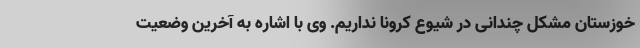
خوزستان مشکل چندانی در شیوع کرونا نداریم. وی با اشاره به آخرین وضعیت